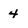
Character: 4